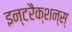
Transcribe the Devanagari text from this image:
इन्टरैक्शन्स्